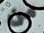
من